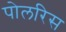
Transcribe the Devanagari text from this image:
पोलरिस